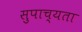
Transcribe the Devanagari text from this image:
सुपाच्यता